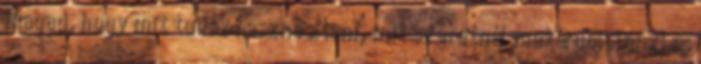
magad, hogy mit tudsz hasznosítani, mit szeretnél mekérdőjelenzi és